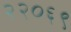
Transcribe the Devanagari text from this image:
२२०६९